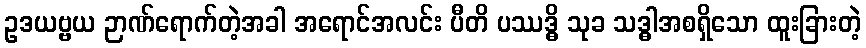
ဥဒယဗ္ဗယ ဉာဏ်ရောက်တဲ့အခါ အရောင်အလင်း ပီတိ ပဿဒ္ဓိ သုခ သဒ္ဓါအစရှိသော ထူးခြားတဲ့